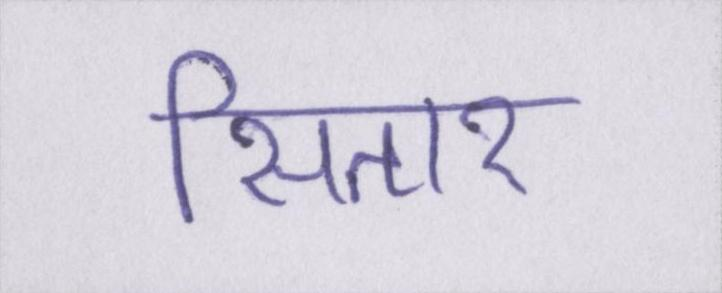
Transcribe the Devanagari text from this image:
सितार